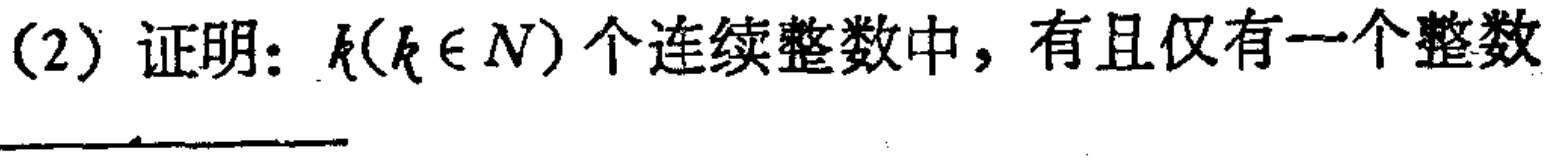
(2) 证明：$k(k\in N)$个连续整数中，有且仅有一个整数